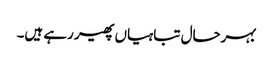
بہرحال تباہیاں پھیر رہے ہیں۔